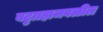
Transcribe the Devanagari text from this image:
बटुग्रहाजवळील